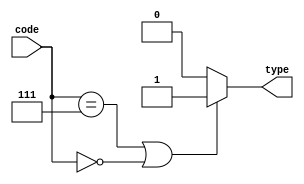
`timescale 1ns / 1ps
//////////////////////////////////////////////////////////////////////////////////
// Company: 
// Engineer: 
// 
// Design Name: 
// Module Name:    type_of_body 
// Project Name: 
// Target Devices: 
// Tool versions: 
// Description: 
//
// Dependencies: 
//
// Revision: 
// Revision 0.01 - File Created
// Additional Comments: 
//
//////////////////////////////////////////////////////////////////////////////////
module type_of_body(
input [2:0] code,
output reg type
    );
initial 
	$monitor ("%b %b",code,type);
always @ (code)
	if(code==3'b111 | code==3'b000)
		type = 1'b1;
	else
		type = 1'b0;

endmodule